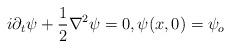
LaTeX: \begin{align*}i\partial_t \psi + \frac1 2 \nabla^2 \psi = 0, \psi(x,0)=\psi_o\end{align*}